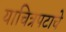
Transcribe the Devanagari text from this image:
याचित्रपटाचे